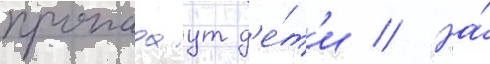
пропадаут д'е́т'и // На́